Indian journal of veterinary science and animal husbandry - Volumes 28-29, 1958-1959
Year: 1958
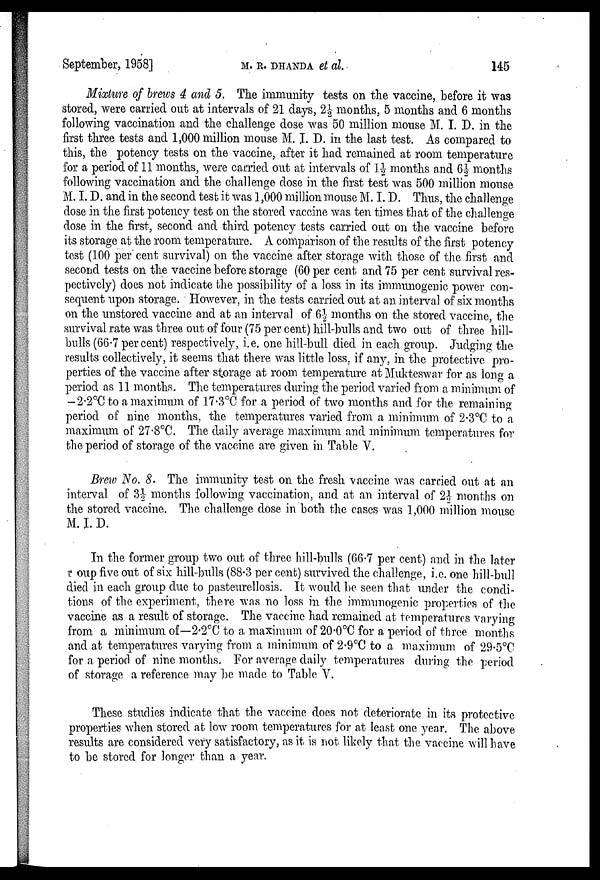
September, 1958]
M.R.DHANDA
et al.
145
Mixture of brews 4 and 5. The immunity tests on the vaccine, before it was
stored, were carried out at intervals of 21 days, 2½ months, 5 months and 6 months
following vaccination and the challenge dose was 50 million mouse M. I. D. in the
first three tests and 1,000 million mouse M. I. D. in the last test. As compared to
this, the potency tests on the vaccine, after it had remained at room temperature
for a period of 11 months, were carried out at intervals of 1½ months and 6½ months
following vaccination and the challenge dose in the first test was 500 million mouse
M. I. D. and in the second test it was 1,000 million mouse M. I. D. Thus, the challenge
dose in the first potency test on the stored vaccine was ten times that of the challenge
dose in the first, second and third potency tests carried out on the vaccine before
its storage at the room temperature. A comparison of the results of the first potency
test (100 per cent survival) on the vaccine after storage with those of the first and
second tests on the vaccine before storage (60 per cent and 75 per cent survival res-
pectively) does not indicate the possibility of a loss in its immunogenic power con-
sequent upon storage. However, in the tests carried out at an interval of six months
on the unstored vaccine and at an interval of 6½ months on the stored vaccine, the
survival rate was three out of four (75 per cent) hill-bulls and two out of three hill-
bulls (66.7 per cent) respectively, i.e. one hill-bull died in each group. Judging the
results collectively, it seems that there was little loss, if any, in the protective pro-
perties of the vaccine after storage at room temperature at Mukteswar for as long a
period as 11 months. The temperatures during the period varied from a minimum of
-2.2°C to a maximum of 17.3°C for a period of two months and for the remaining
period of nine months, the temperatures varied from a minimum of 2.3°C to a
maximum of 27.8°C. The daily average maximum and minimum temperatures for
the period of storage of the vaccine are given in Table V.
Brew No. 8. The immunity test on the fresh vaccine was carried out at an
interval of 3½ months following vaccination, and at an interval of 2½ months on
the stored vaccine. The challenge dose in both the cases was 1,000 million mouse
M. I. D.
In the former group two out of three hill-bulls (66.7 per cent) and in the later
Group five out of six hill-bulls (88.3 per cent) survived the challenge, i.e. one hill-bull
died in each group due to pasteurellosis. It would be seen that under the condi-
tions of the experiment, there was no loss in the immunogenic properties of the
vaccine as a result of storage. The vaccine had remained at temperatures varying
from a minimum of —2.2°C to a maximum of 20.0°C for a period of three months
and at temperatures varying from a minimum of 2.9°C to a maximum of 29.5ºC
for a period of nine months. For average daily temperatures during the period
of storage a reference may be made to Table V.
These studies indicate that the vaccine does not deteriorate in its protective
properties when stored at low room temperatures for at least one year. The above
results are considered very satisfactory, as it is not likely that the vaccine will have
to be stored for longer than a year.